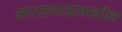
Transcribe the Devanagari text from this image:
मराठवाडामधील